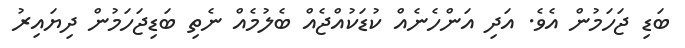
ބަޑި ޖަހަމުން އެވެ. އަދި އަންހެނެއް ކުޑަކުއްޖެއް ބެލުމެއް ނެތި ބަޑިޖަހަމުން ދިޔައިރު